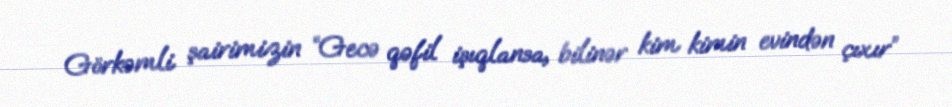
Görkəmli şairimizin “Gecə qəfil işıqlansa, bilinər kim kimin evindən çıxır”